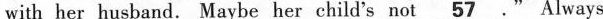
with her husband. Maybe her child's not\underline57.ALways